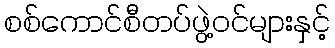
စစ်ကောင်စီတပ်ဖွဲ့ဝင်များနှင့်